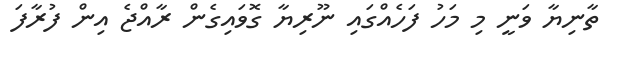
ތާނިޔާ ވަނީ މި މަހު ފަހެއްގައި ނޫރިޔާ ގޮވައިގެން ރާއްޖެ އިން ފުރާފަ